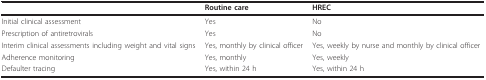
<table><thead><tr><td></td><td><b>Routine care</b></td><td><b>HREC</b></td></tr></thead><tbody><tr><td>Initial clinical assessment</td><td>Yes</td><td>No</td></tr><tr><td>Prescription of antiretrovirals</td><td>Yes</td><td>No</td></tr><tr><td>Interim clinical assessments including weight and vital signs</td><td>Yes, monthly by clinical officer</td><td>Yes, weekly by nurse and monthly by clinical officer</td></tr><tr><td>Adherence monitoring</td><td>Yes, monthly</td><td>Yes, weekly</td></tr><tr><td>Defaulter tracing</td><td>Yes, within 24 h</td><td>Yes, within 24 h</td></tr></tbody></table>